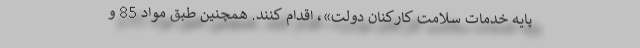
پایـه خدمات سلامت کارکنان دولت»، اقدام کنند. همچنین طبق مواد 85 و